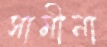
সামীনা